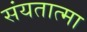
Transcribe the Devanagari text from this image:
संयतात्मा